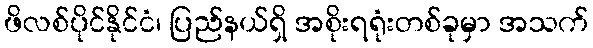
ဖိလစ်ပိုင်နိုင်ငံ၊ ပြည်နယ်ရှိ အစိုးရရုံးတစ်ခုမှာ အသက်